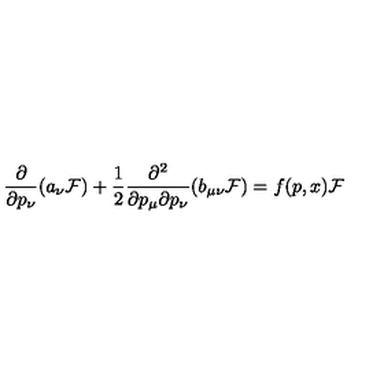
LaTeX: \frac { \partial } { \partial p _ { \nu } } ( a _ { \nu } { \cal F } ) + \frac { 1 } { 2 } \frac { \partial ^ { 2 } } { \partial p _ { \mu } \partial p _ { \nu } } ( b _ { \mu \nu } { \cal F } ) = f ( p , x ) { \cal F }